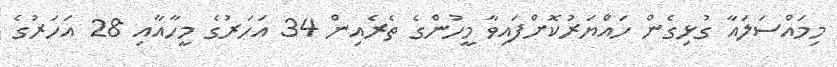
މިމައްސަލައާ ގުޅިގެން ހައްޔަރުކޮށްފައިވާ މީހުންގެ ތެރެއިން 34 އަހަރުގެ މީހާއާއި 28 އަހަރުގެ